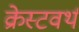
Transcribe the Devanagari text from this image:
क्रेस्टवर्थ